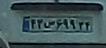
۴۲س۶۹۹۲۴